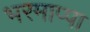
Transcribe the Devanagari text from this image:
भरमाप्पा